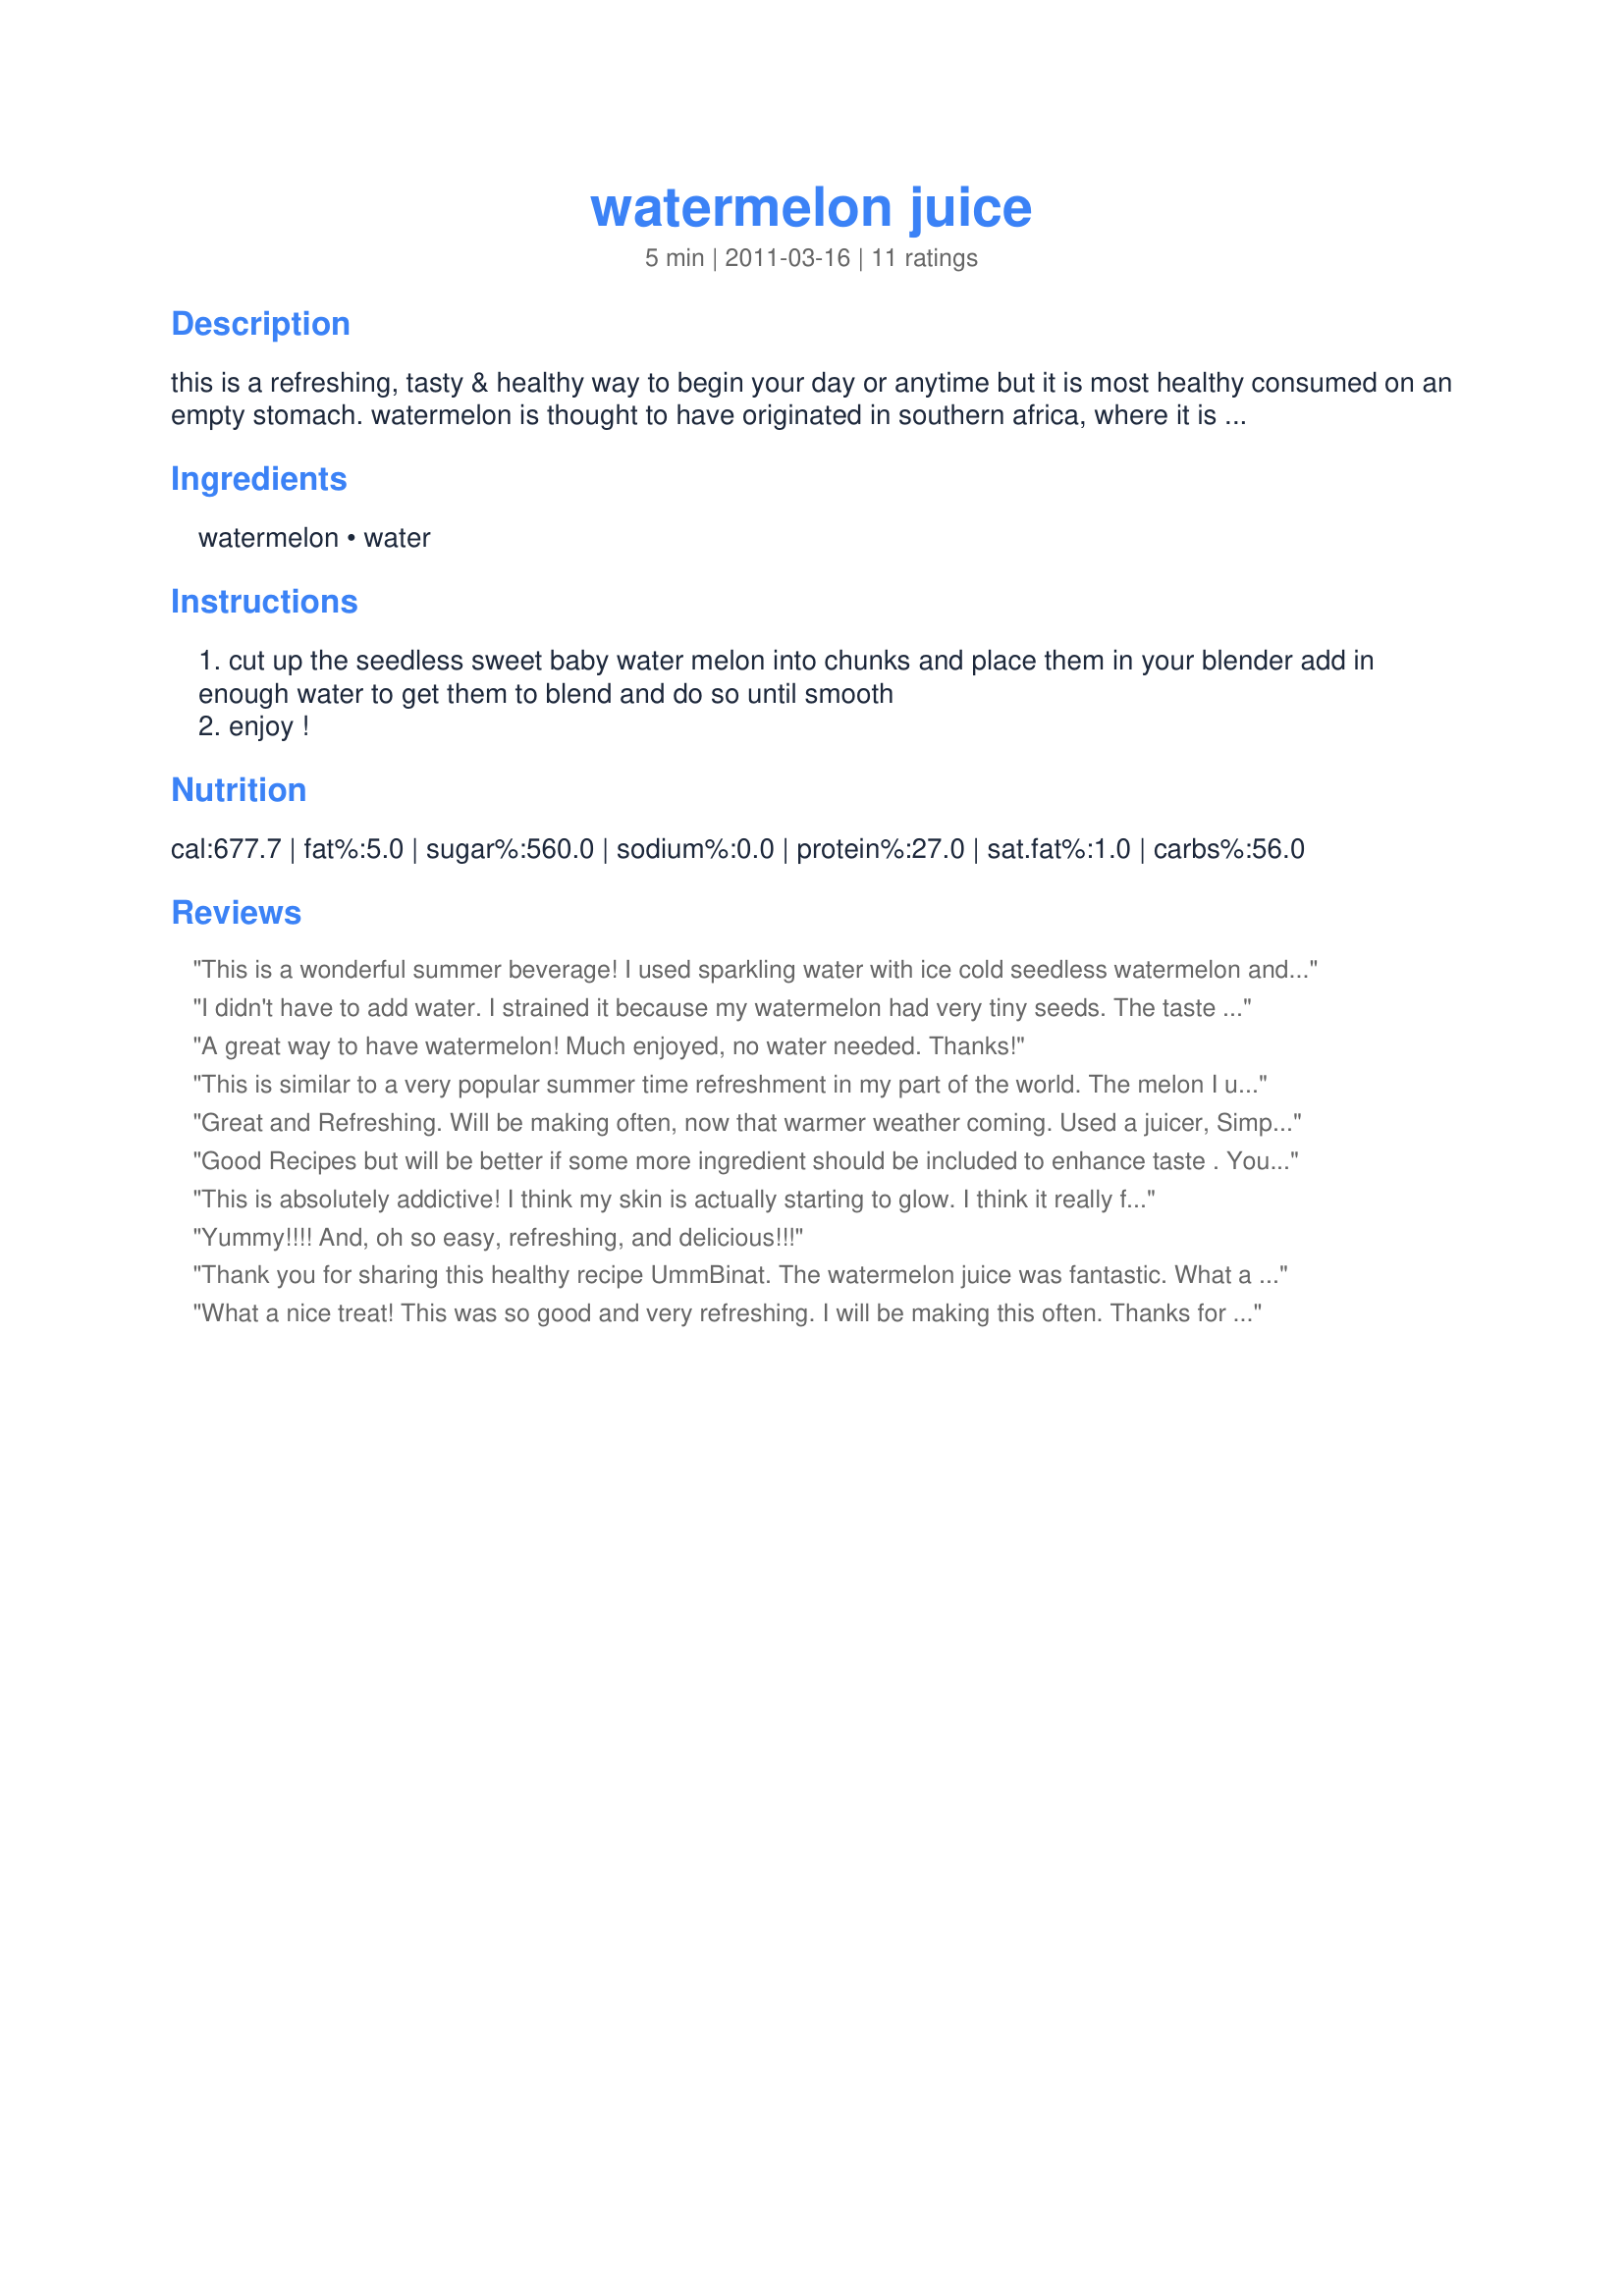
watermelon juice
Preparation time: 5 minutes

this is a refreshing, tasty & healthy way to begin your day or anytime but it is most healthy consumed on an empty stomach. watermelon is thought to have originated in southern africa, where it is found growing wild, resulting in sweet, bland and bitter varieties of which the sweet is to be used here.

Ingredients:
watermelon, water

Steps:
cut up the seedless sweet baby water melon into chunks and place them in your blender add in enough water to get them to blend and do so until smooth
enjoy !

Reviews:
This is a wonderful summer beverage! I used sparkling water with ice cold seedless watermelon and it was superb! Made for Veg 'N Swap tag 37.
I didn't have to add water. I strained it because my watermelon had very tiny seeds. The taste is so fresh and sweet. The kids loved it and us also :) Thanks UmmBinat :) Made for PRMR tag game
A great way to have watermelon! Much enjoyed, no water needed. Thanks!
This is similar to a very popular summer time refreshment in my part of the world. The melon I used was very sweet and the drink is so refreshing. I added in some ice cubes in place of the water. Made for ZWT7.
Great and Refreshing. Will be making often, now that warmer weather coming. Used a juicer, Simple and Easy recipe. Thank You. Made for ZWT7~Emerald City Shakers.
Good Recipes but will be better if some more ingredient should be included to enhance taste .
You might want to Check this also :
( http://www.fooducook.com/juices-shakes/quick-way-to-make-homemade-orange-juice-juices-recipes/ )
This is absolutely addictive! I think my skin is actually starting to glow. I think it really flushes toxins from your system (or something). I love having this first thing in the morning. Thanks for sharing! Made for ZWT7.
Yummy!!!! And, oh so easy, refreshing, and delicious!!!
Thank you for sharing this healthy recipe UmmBinat. The watermelon juice was fantastic. What a great way to wake up. I had it first thing, then I had my coffee. The juice was silky, smooth, sweet and flavorful. Very refreshing, I'll be enjoying this often. Made for ZWT7 (Witchin Kitchen)
What a nice treat! This was so good and very refreshing. I will be making this often. Thanks for sharing. Made for ZWT7.
REFRESHING!! This was soo good!! I usually do this with cantaloupe and it gets that nice milky consistency....never thought of doing it with watermelong because of all the seeds but yeah!! Seedless watermelon!! This will be my morning pick me up for the rest of the week!! Oh and I didn't need any extra water - the vitamix found it easy enough. Thanks so much Ummbinat!! Made for Veg*n Swap 33!!
